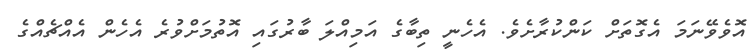
އޮވެވޭނަމަ އެގޮތަށް ކަންކުރާށެވެ. އެހެނީ ތިބާގެ އަމިއްލަ ބާރުގައި އޮތުމަށްވުރެ އެހެން އެއްޗެއްގެ